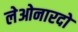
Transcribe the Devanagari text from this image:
लेओनारदो